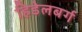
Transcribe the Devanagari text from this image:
हिडेलबर्ग